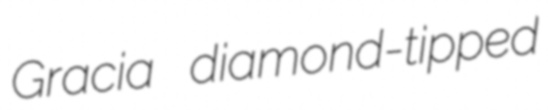
Gracia diamond-tipped